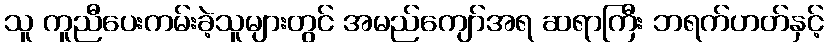
သူ ကူညီပေးကမ်းခဲ့သူများတွင် အမည်ကျော်အရ ဆရာကြီး ဘရက်ဟတ်နှင့်